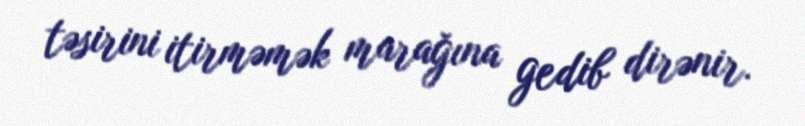
təsirini itirməmək marağına gedib dirənir.